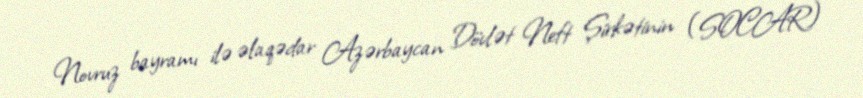
Novruz bayramı ilə əlaqədar Azərbaycan Dövlət Neft Şirkətinin (SOCAR)